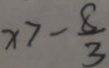
x > - \frac { 8 } { 3 }